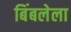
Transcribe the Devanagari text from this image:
बिंबलेला